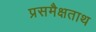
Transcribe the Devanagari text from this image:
प्रसमैक्षताथ